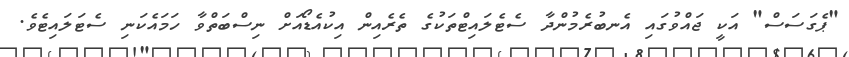
"ޕެގަސަސް" އަކީ ޖައްވުގައި އެނބުރެމުންދާ ސެޓެލައިޓްތަކުގެ ތެރެއިން އިކުއެޑޯއަށް ނިސްބަތްވާ ހަމައެކަނި ސެޓަލައިޓެވެ.